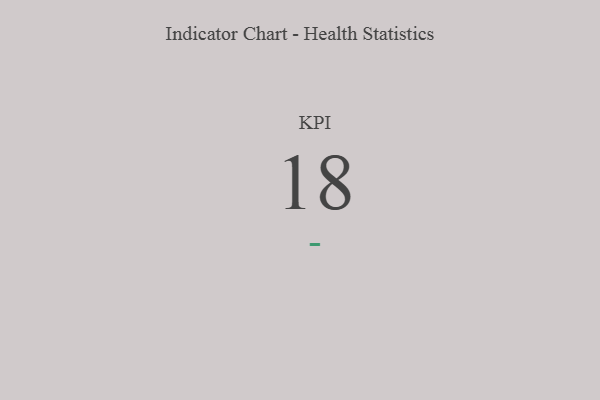
{"axis": {"x": "KPI", "y": "Value"}, "legend": [""], "data": [{"x": "KPI", "y": 18, "type": ""}]}